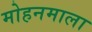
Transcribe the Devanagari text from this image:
मोहनमाला